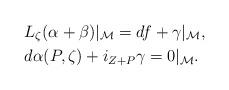
LaTeX: \begin{align*} & L_\zeta(\alpha+\beta)\vert_\mathcal M=df+\gamma\vert_\mathcal M,\\ & d\alpha(P,\zeta)+i_{Z+P}\gamma=0\vert_\mathcal M.\end{align*}